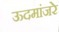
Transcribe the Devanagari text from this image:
ऊदमांजरे